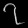
Digit: ၇